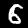
Digit: 6